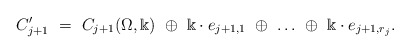
\begin{align*}C'_{j+1}\ = \ C_{j+1}(\Omega,\Bbbk)\ \oplus \ \Bbbk\cdot e_{j+1,1}\ \oplus\ \dots\ \oplus\ \Bbbk\cdot e_{j+1,r_j}. \end{align*}